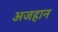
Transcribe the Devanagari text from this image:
अजहान